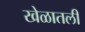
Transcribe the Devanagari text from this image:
खेळातली